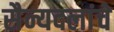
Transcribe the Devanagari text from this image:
सैन्यदलांचे